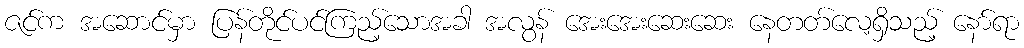
ဇင်က အဆောင်မှာ ပြန်တိုင်ပင်ကြည့်သောအခါ အလွန် အေးအေးဆေးဆေး နေတတ်လေ့ရှိသည့် နော်ရာ